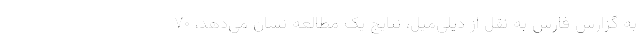
به گزارش فارس به نقل از دیلی‌میل، نتایج یک مطالعه نشان می‌دهد، ۷۰